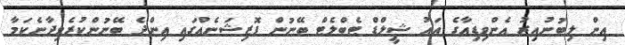
އިން ލިބުނުއިރު އެންވިޑިއާގެ އައު ޝީލްޑް ޓެބްލެޓް ބޭނުން ޕޮޒިޝަނެއްގައި އިންދެ ބޭނުންކުރެވިދާނެކަމާ